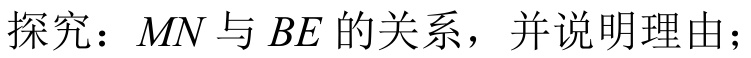
探究：\(MN\)与\(BE\)的关系，并说明理由；